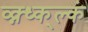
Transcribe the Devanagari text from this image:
व्क्न्ध्क्ल्कं